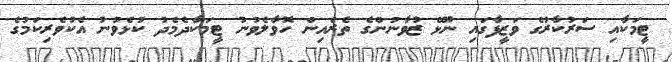
ޓީމަކާއި ސަރުކާރުގެ ވަޒީފާގައި ނޫޅޭ ޒުވާނުންގެ ތެރެއިން ހޮވާލެވުނު ޓީމަކާދެމެދު ކުޅެވުނު އެކުވެރިކަމުގެ